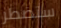
ستضطر